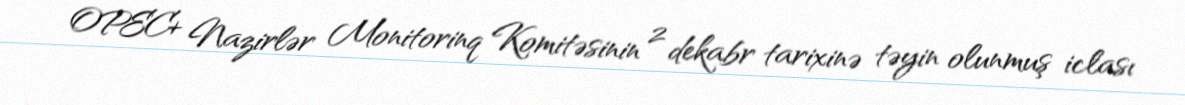
OPEC+ Nazirlər Monitorinq Komitəsinin 2 dekabr tarixinə təyin olunmuş iclası